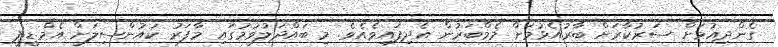
ގެންދިއުމަށް ސަރުކާރަށް ބާރުއެޅުމަށް މެމްބަރުން އެދިފައިވެއެވެ. މި ބައްދަލުވުމުގައި މާފަރު ކައުންސިލަށް އެމް.ޑީ.ޕީ